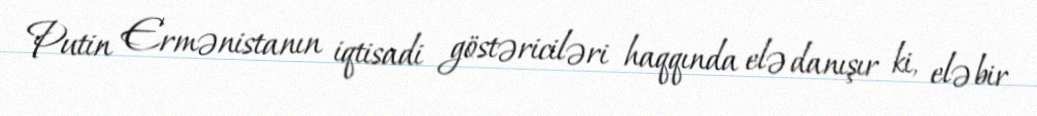
Putin Ermənistanın iqtisadi göstəriciləri haqqında elə danışır ki, elə bir